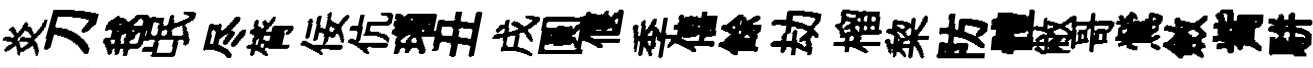
炎刀毬氓尽膂佞伉瑙丑戌圓偃季僖餘劫榴棃防體敝哥鶯斂觜駢